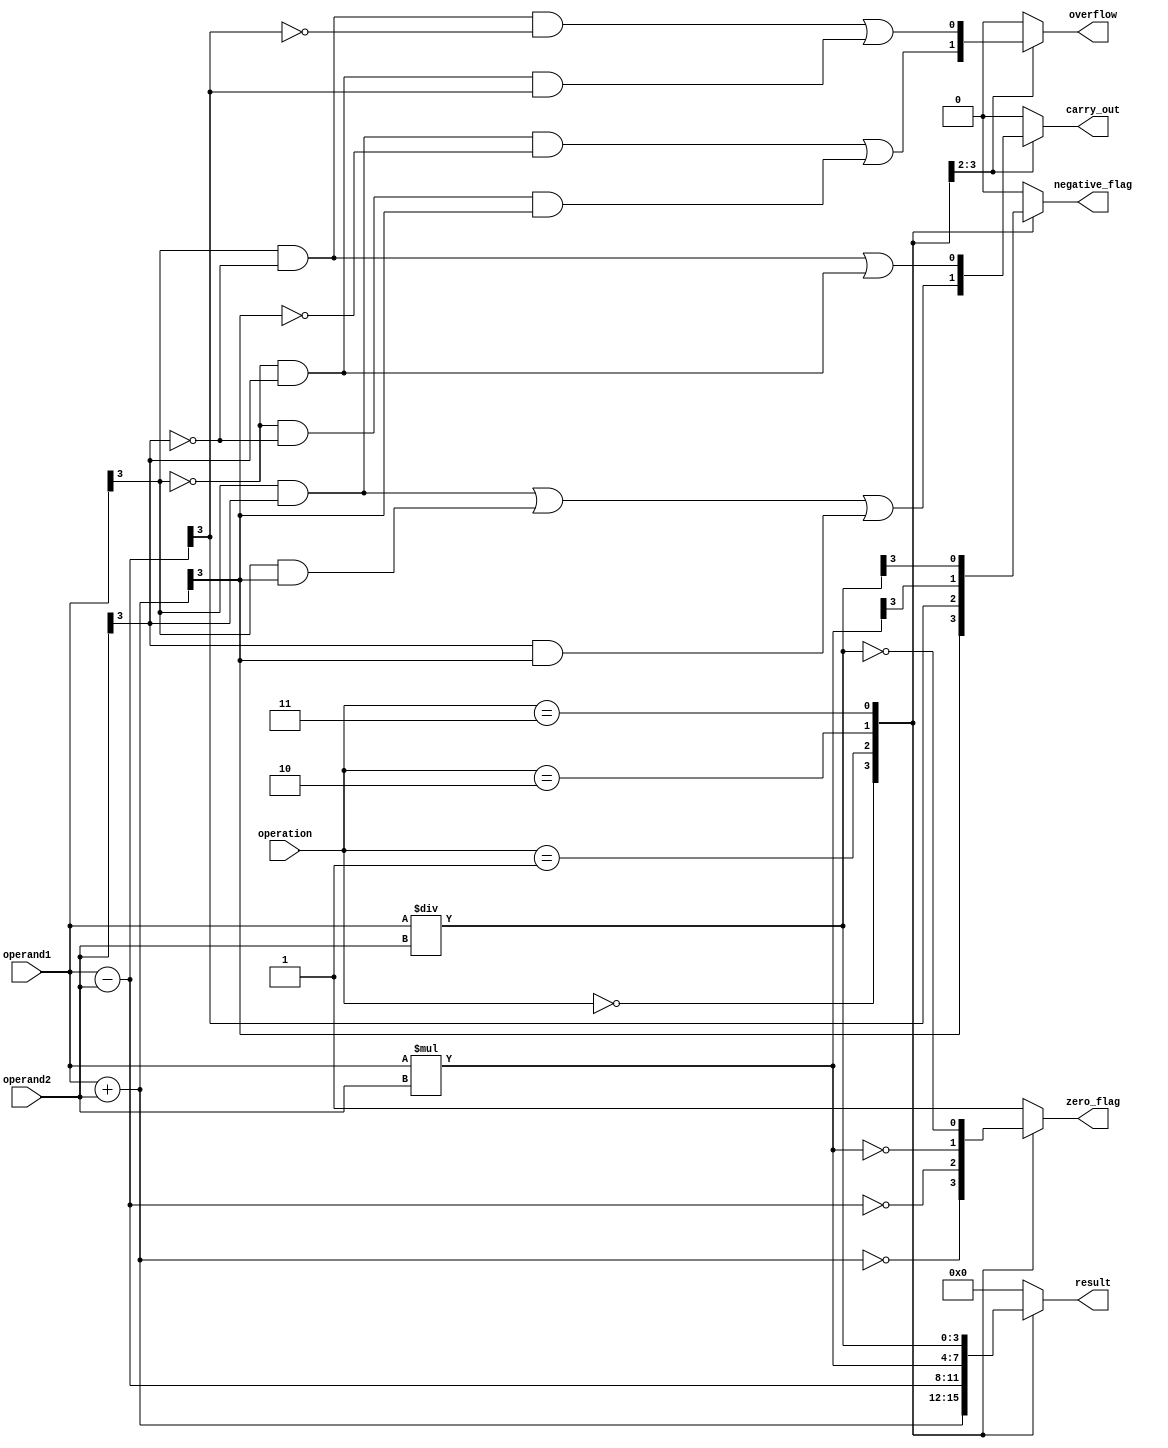
module ALU(input [3:0] operand1, input [3:0] operand2, input [2:0] operation, output reg [3:0] result, output reg carry_out, output reg overflow, output reg zero_flag, output reg negative_flag);

always @(*)
begin
    case(operation)
        3'b000:              // Addition
            begin
                result = operand1 + operand2;
                carry_out = (operand1[3] & operand2[3]) | (operand1[3] & result[3]) | (operand2[3] & result[3]);
                overflow = (operand1[3] & operand2[3] & ~result[3]) | (~operand1[3] & ~operand2[3] & result[3]);
                zero_flag = (result == 4'b0000);
                negative_flag = result[3];
            end
        3'b001:              // Subtraction
            begin
                result = operand1 - operand2;
                carry_out = (operand1[3] & ~operand2[3]) | (~operand1[3] & operand2[3]);
                overflow = (operand1[3] & ~operand2[3] & ~result[3]) | (~operand1[3] & operand2[3] & result[3]);
                zero_flag = (result == 4'b0000);
                negative_flag = result[3];
            end
        3'b010:              // Multiplication
            begin
                result = operand1 * operand2;
                carry_out = 4'b0000;
                overflow = 4'b0000;
                zero_flag = (result == 4'b0000);
                negative_flag = result[3];
            end
        3'b011:              // Division
            begin
                result = operand1 / operand2;
                carry_out = 4'b0000;
                overflow = 4'b0000;
                zero_flag = (result == 4'b0000);
                negative_flag = result[3];
            end
        default:
            begin
                result = 4'b0000;
                carry_out = 1'b0;
                overflow = 1'b0;
                zero_flag = 1'b1;
                negative_flag = 1'b0;
            end
    endcase
end
endmodule